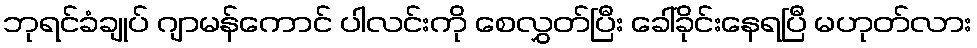
ဘုရင်ခံချုပ် ဂျာမန်ကောင် ပါလင်းကို စေလွှတ်ပြီး ခေါ်ခိုင်းနေရပြီ မဟုတ်လား